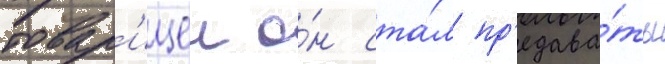
товар'ищеи о́н ста́л пр'едава́ть